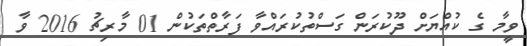
ވީމާ ގެ ކުއްޔަށް ދޫކުރަން ގަސްތުކުރައްވާ ފަރާތްތަކުން 01 މާރިޗު 2016 ވާ